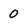
Character: 0